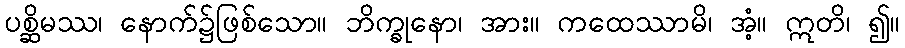
ပစ္ဆိမဿ၊ နောက်၌ဖြစ်သော။ ဘိက္ခုနော၊ အား။ ကထေဿာမိ၊ အံ့။ ဣတိ၊ ၍။